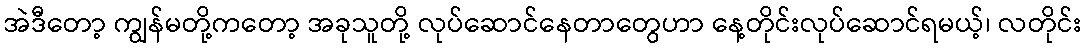
အဲဒီတော့ ကျွန်မတို့ကတော့ အခုသူတို့ လုပ်ဆောင်နေတာတွေဟာ နေ့တိုင်းလုပ်ဆောင်ရမယ့်၊ လတိုင်း